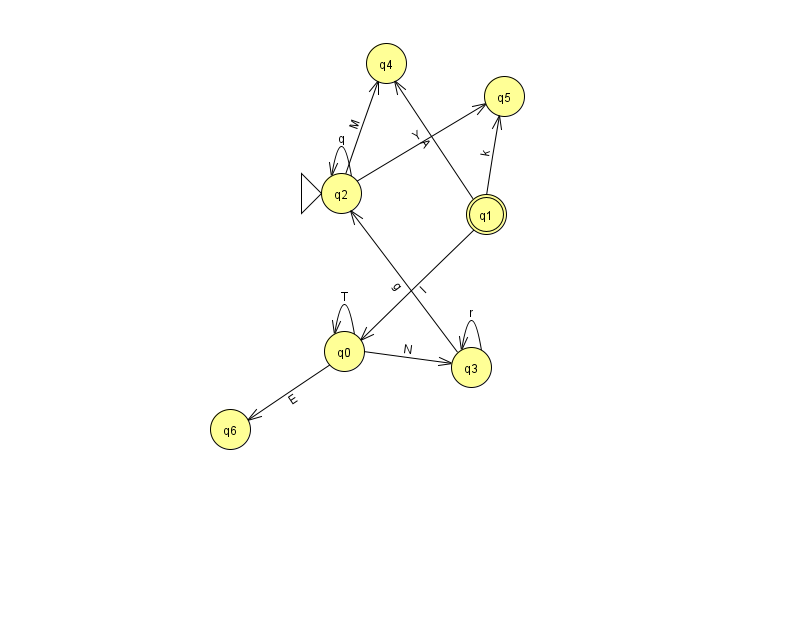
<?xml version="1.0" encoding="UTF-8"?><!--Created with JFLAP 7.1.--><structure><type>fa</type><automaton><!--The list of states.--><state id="0" name="q0"><x>344.0</x><y>338.0</y></state><state id="1" name="q1"><x>486.0</x><y>201.0</y><final/></state><state id="2" name="q2"><x>341.0</x><y>180.0</y><initial/></state><state id="3" name="q3"><x>471.0</x><y>354.0</y></state><state id="4" name="q4"><x>386.0</x><y>50.0</y></state><state id="5" name="q5"><x>504.0</x><y>83.0</y></state><state id="6" name="q6"><x>230.0</x><y>416.0</y></state><!--The list of transitions.--><transition><from>2</from><to>2</to><read>q</read></transition><transition><from>0</from><to>6</to><read>E</read></transition><transition><from>3</from><to>3</to><read>r</read></transition><transition><from>2</from><to>4</to><read>M</read></transition><transition><from>0</from><to>0</to><read>T</read></transition><transition><from>1</from><to>0</to><read>I</read></transition><transition><from>3</from><to>2</to><read>g</read></transition><transition><from>2</from><to>5</to><read>Y</read></transition><transition><from>0</from><to>3</to><read>N</read></transition><transition><from>1</from><to>4</to><read>A</read></transition><transition><from>1</from><to>5</to><read>k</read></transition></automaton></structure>